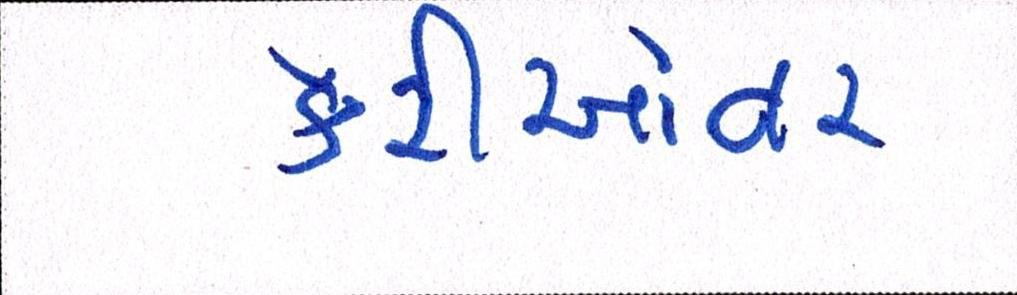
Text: કેરીઓવર